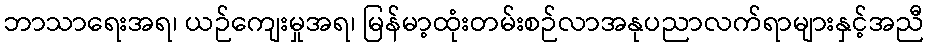
ဘာသာရေးအရ၊ ယဉ်ကျေးမှုအရ၊ မြန်မာ့ထုံးတမ်းစဉ်လာအနုပညာလက်ရာများနှင့်အညီ